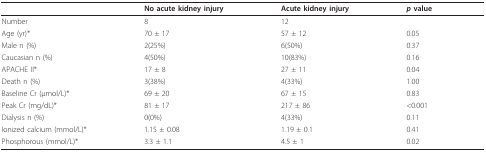
<table><thead><tr><td></td><td><b>No acute kidney injury</b></td><td><b>Acute kidney injury</b></td><td><b><i>p </i>value</b></td></tr></thead><tbody><tr><td>Number</td><td>8</td><td>12</td><td></td></tr><tr><td>Age (yr)*</td><td>70 ± 17</td><td>57 ± 12</td><td>0.05</td></tr><tr><td>Male n (%)</td><td>2(25%)</td><td>6(50%)</td><td>0.37</td></tr><tr><td>Caucasian n (%)</td><td>4(50%)</td><td>10(83%)</td><td>0.16</td></tr><tr><td>APACHE II*</td><td>17 ± 8</td><td>27 ± 11</td><td>0.04</td></tr><tr><td>Death n (%)</td><td>3(38%)</td><td>4(33%)</td><td>1.00</td></tr><tr><td>Baseline Cr (μmol/L)*</td><td>69 ± 20</td><td>67 ± 15</td><td>0.83</td></tr><tr><td>Peak Cr (mg/dL)*</td><td>81 ± 17</td><td>217 ± 86</td><td>&lt;0.001</td></tr><tr><td>Dialysis n (%)</td><td>0(0%)</td><td>4(33%)</td><td>0.11</td></tr><tr><td>Ionized calcium (mmol/L)*</td><td>1.15 ± 0.08</td><td>1.19 ± 0.1</td><td>0.41</td></tr><tr><td>Phosphorous (mmol/L)*</td><td>3.3 ± 1.1</td><td>4.5 ± 1</td><td>0.02</td></tr></tbody></table>